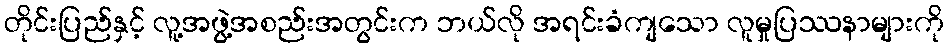
တိုင်းပြည်နှင့် လူ့အဖွဲ့အစည်းအတွင်းက ဘယ်လို အရင်းခံကျသော လူမှုပြဿနာများကို